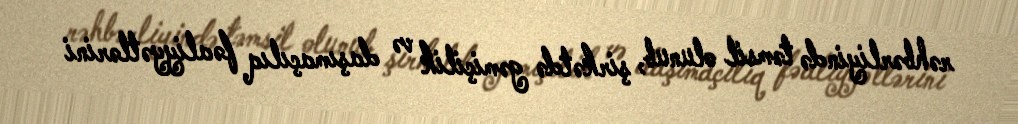
rəhbərliyində təmsil olunub, şirkətdə gəmiçilik və daşımaçılıq fəaliyyətlərini